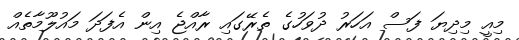
މިއީ މިދިޔަ ފަސް އަހަރު ދުވަހުގެ ތެރޭގައި ރާއްޖެ އިން އެފަދަ މައުލޫމާތެއް